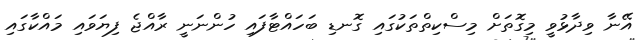
އޭނާ ވިދާޅުވީ މިގޮތަށް މިސްކިތްތަކުގައި ގޮނޑި ބަހައްޓާފައި ހުންނަނީ ރާއްޖެ ފިޔަވައި މައްކާގައި